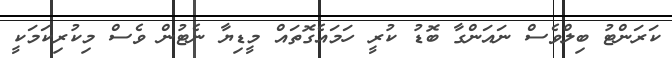
ކަރަންޓު ބިލްވެސް ނައަންގާ ބޮޑު ކުރީ ހަމައެގޮތައް މީޑިޔާ ނެޓުން ވެސް މިކުރިކަމަކީ